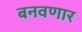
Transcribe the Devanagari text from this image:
बनवणार